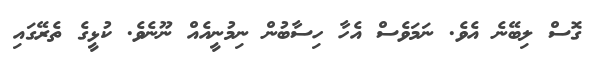
ގޮސް ލިބޭނެ އެވެ. ނަމަވެސް އެހާ ހިސާބުން ނިމުނީއެއް ނޫނެވެ. ކުޅީގެ ތެރޭގައި